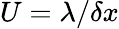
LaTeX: U=\lambda/\delta x